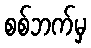
စစ်ဘက်မှ